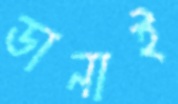
ডানাই